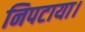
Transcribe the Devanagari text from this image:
निपटाया।